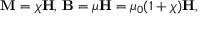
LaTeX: \mathbf { M } = \chi \mathbf { H } , \, \mathbf { B } = \mu \mathbf { H } = \mu _ { 0 } ( 1 + \chi ) \mathbf { H } ,